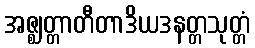
အဇ္ဈတ္တာတီတာဒိယဒနတ္တသုတ္တံ